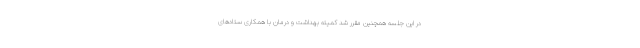
در این جلسه همچنین مقرر شد کمیته بهداشت و درمان با همکاری ستادهای